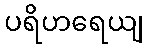
ပရိဟရေယျ